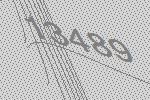
13489